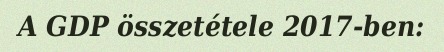
A GDP összetétele 2017-ben: